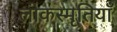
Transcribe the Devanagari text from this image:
लोकस्मृतियाँ